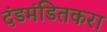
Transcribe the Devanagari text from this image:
दंडमंडितकरा